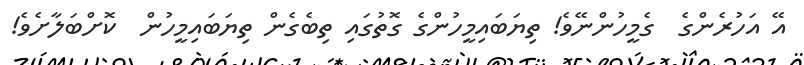
އޭ އަހުރެންގެ  ގެމީހުންނޭވެ! ތިޔަބައިމީހުންގެ ގޮތުގައި ތިބެގެން ތިޔަބައިމީހުން  ކޮށްބަލާށެވެ!